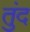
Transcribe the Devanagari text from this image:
तुंद